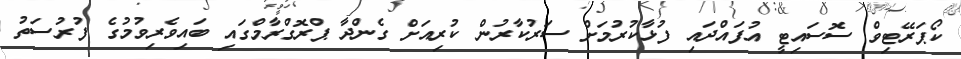
ކޯޕަރޭޓިވް ސޮސައިޓީ އުފައްދައި ފުޅާކުރުމަށް ސަރުކާރުން ކުރިއަށް ގެންދާ ޕްރޮގްރާމްގައި ބައިވެރިވުމުގެ ފުރުސަތު